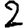
Digit: 2